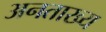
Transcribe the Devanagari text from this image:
अनताख्य